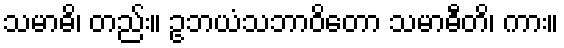
သမာဓိ၊ တည်း။ ဥဘယံသဘာဝိတော သမာဓီတိ၊ ကား။